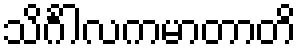
သိင်္ဂါလကမာတာတိ